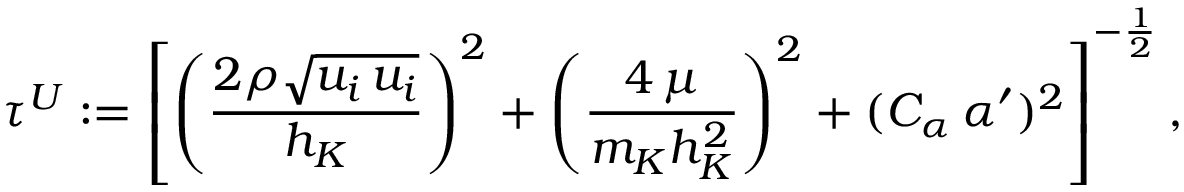
\tau ^ { U } : = \left[ \left( \frac { 2 \rho \sqrt { u _ { i } \, u _ { i } } } { h _ { K } } \right) ^ { 2 } + \left( \frac { 4 \, \mu } { m _ { K } h _ { K } ^ { 2 } } \right) ^ { 2 } + ( C _ { \alpha } \, \alpha ^ { \prime } ) ^ { 2 } \right] ^ { - \frac { 1 } { 2 } } ,